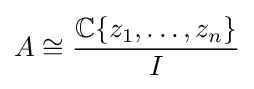
A\cong {\frac {\mathbb {C} \{z_{1},\ldots ,z_{n}\}}{I}}